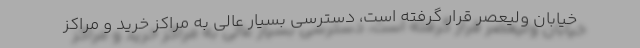
خیابان ولیعصر قرار گرفته است، دسترسی بسیار عالی به مراکز خرید و مراکز